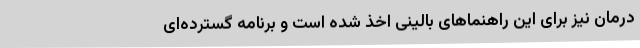
درمان نیز برای این راهنماهای بالینی اخذ شده‌ است و برنامه گسترده‌ای